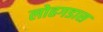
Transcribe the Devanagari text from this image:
लोहगडास